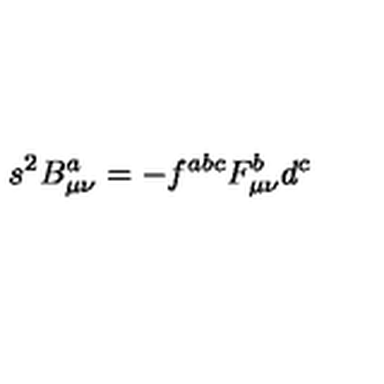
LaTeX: s ^ { 2 } B _ { \mu \nu } ^ { a } = - f ^ { a b c } F _ { \mu \nu } ^ { b } d ^ { c }